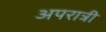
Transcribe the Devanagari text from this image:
अपरात्री